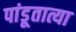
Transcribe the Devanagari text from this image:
पांडूतात्या